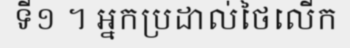
ទី១ ។ អ្នកប្រដាល់ថៃលើក